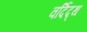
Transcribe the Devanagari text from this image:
वर्दिद्थ